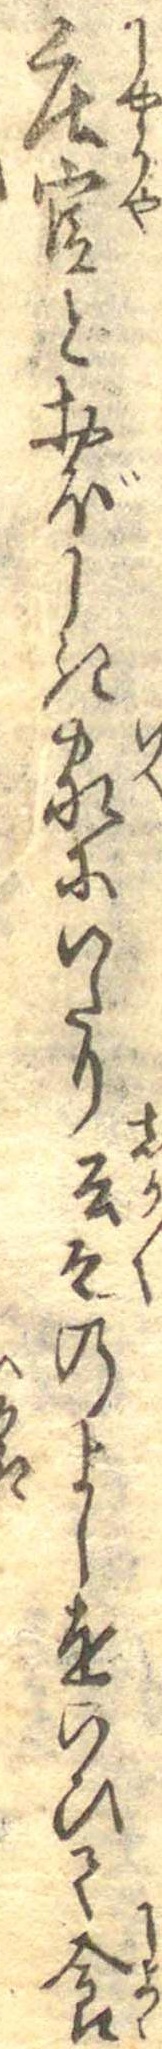
荘官とおぼしき家にいたり云云のよしをいひて食